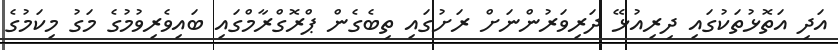
އަދި އަތޮޅުތަކުގައި ދިރިއުޅޭ ދަރިވަރުންނަށް ރަށުގައި ތިބެގެން ޕްރޮގްރާމްގައި ބައިވެރިވުމުގެ މަގު މިކަމުގެ